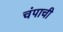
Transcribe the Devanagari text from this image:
चंपाची